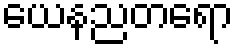
ယေနညတရော